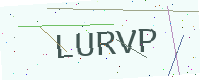
Text: LURVP